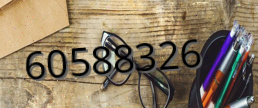
60588326